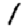
Digit: 1